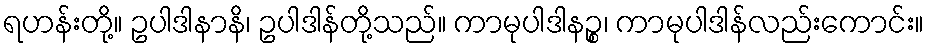
ရဟန်းတို့။ ဥပါဒါနာနိ၊ ဥပါဒါန်တို့သည်။ ကာမုပါဒါနဉ္စ၊ ကာမုပါဒါန်လည်းကောင်း။